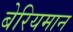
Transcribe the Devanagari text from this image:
बेरियमान